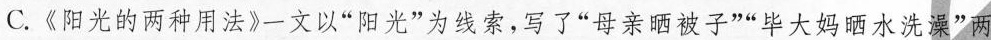
C.《阳光的两种用法》-文以”阳光”为线索，写了”母亲晒被子””毕大妈晒水洗澡”两